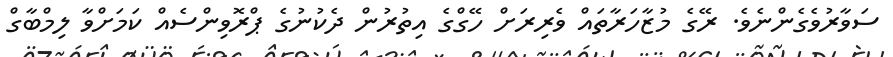
ސަވާރުވެގެންނެވެ. ރޭގެ މުޒާހަރާތައް ވެރިރަށް ހޭގްގެ އިތުރުން ދެކުނުގެ ޕްރޮވިންސެއް ކަމަށްވާ ލިމްބާގް